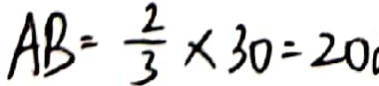
A B = \frac { 2 } { 3 } \times 3 0 = 2 0